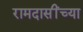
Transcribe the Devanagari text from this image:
रामदासींच्या